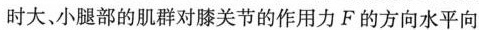
时大、小腿部的肌群对膝关节的作用力F的方向水平向